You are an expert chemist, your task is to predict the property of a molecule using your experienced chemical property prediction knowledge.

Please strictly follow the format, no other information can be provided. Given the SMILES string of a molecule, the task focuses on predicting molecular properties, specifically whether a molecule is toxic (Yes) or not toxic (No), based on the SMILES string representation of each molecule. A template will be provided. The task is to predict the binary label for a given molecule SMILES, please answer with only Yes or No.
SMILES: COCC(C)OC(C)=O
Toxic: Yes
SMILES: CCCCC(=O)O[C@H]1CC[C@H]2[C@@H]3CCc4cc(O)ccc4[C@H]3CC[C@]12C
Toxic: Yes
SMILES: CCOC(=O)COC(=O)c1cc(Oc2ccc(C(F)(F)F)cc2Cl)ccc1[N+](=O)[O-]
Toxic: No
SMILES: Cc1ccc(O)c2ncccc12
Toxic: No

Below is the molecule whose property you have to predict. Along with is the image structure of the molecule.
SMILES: CCCC(CC)c1ccccc1
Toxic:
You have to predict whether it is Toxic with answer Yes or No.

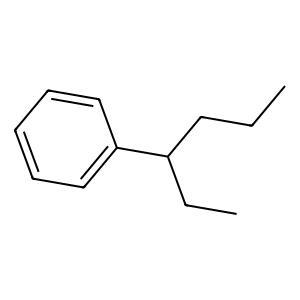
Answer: No